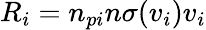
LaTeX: R_{i}=n_{pi}n\sigma(v_{i})v_{i}